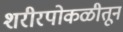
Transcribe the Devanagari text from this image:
शरीरपोकळीतून